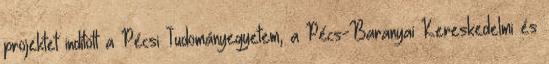
projektet indított a Pécsi Tudományegyetem, a Pécs-Baranyai Kereskedelmi és